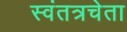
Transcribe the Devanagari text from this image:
स्वंतत्रचेता